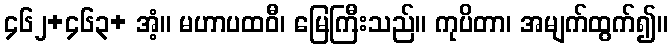
၄၆၂+၄၆၃+ အံ့။ မဟာပထဝီ၊ မြေကြီးသည်။ ကုပိတာ၊ အမျက်ထွက်၍။